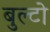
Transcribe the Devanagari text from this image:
बुल्टो